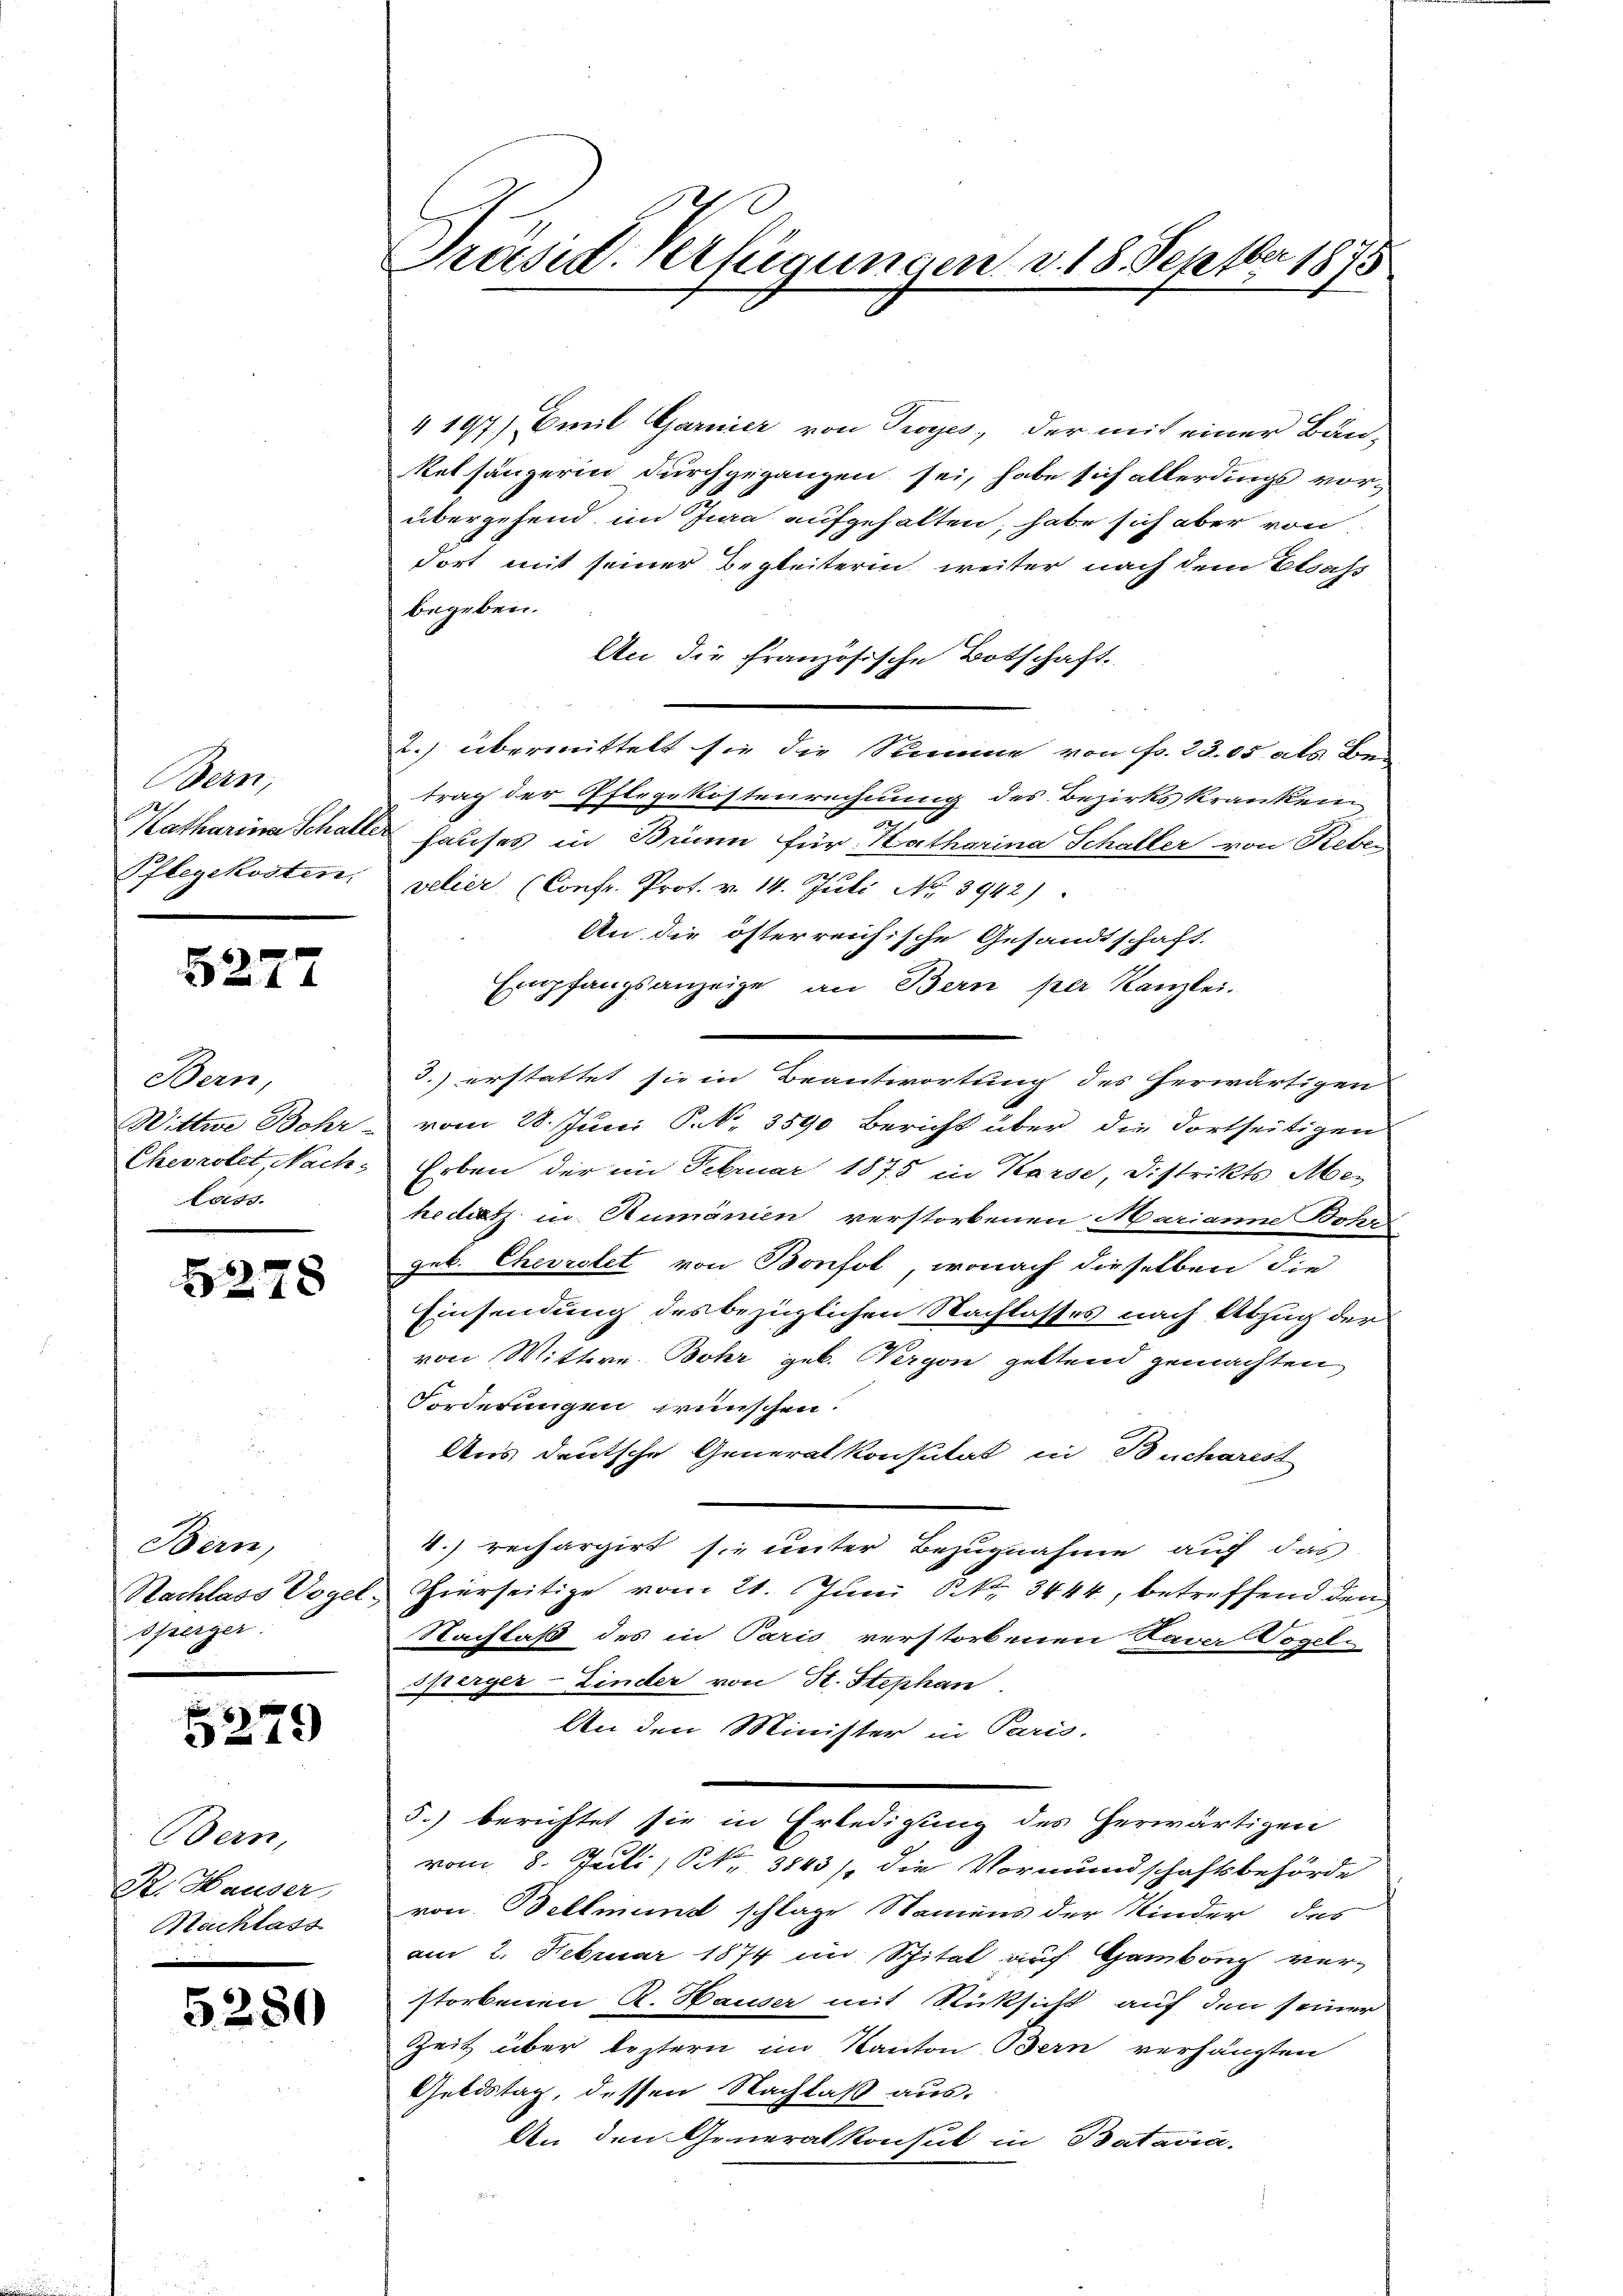
Bern,
Katharina Schalter

5277

Bern,
Loss.

5278

Bern,
sperger.

5279

Bern,
R. Hauser,
Nachlass

5280

4197) Emil Garnier von Troÿes, der mit einer Bän¬
Relsängerin durchgegangen sei, habe sich allerdings vor-
übergehend im Jura aufgehalten, habe sich aber von
dort mit seiner Begleiterin weiter nach dem Elsass
begeben.
An die Französische Botschaft.
2.) übermittelt sie die Stimme von Fr. 23.05 als Betrag der Pflegekostenrechnung des Bezirkskranken
hauses in Brunn für Katharina Schaller von Reben
Pflegekosten velier (Confr. Prot. v. 14. Juli No 3942)
An die österreichische Gesandtschaft.
Empfangsanzeige an Bern per Kanzlei.
3.) erstattet sie in Beantwortung des herwärtigen
Wittwe Bohr vom 28. Juni C. N. 3590 Bericht über die dortseitigen
Chevastet, Nach Erben der in Februar 1875 in Karse, Distrikts Mehediatz in Rumänien verstorbenen Marianne Bohrs
geb. Chevrolet von Bonfol, wonach dieselben die
Einsendung des bezüglichen Nachlasses nach Abzug der
von Wittwe Bohr geb. Wergon geltend gemachten
Forderungen wünschen.
Aus deutsche Generalkonsutat in Bucharest
1) rechargirt sie unter Bezugnahme auf das
Nachlass Vogel, Hierseitige vom 21. Juni Skr. 3444, betreffend den
Nachlaß des in Paris verstorbenen Laver Vogel-
sperger-Linder von St. Stephan
An den Minister in Paris.
5.) berichtet sie in Erledigung des herwärtigen
vom 8. Juli, S. 3843), die Vormundschaftsbehörde
von Bellmund schlage Namens der Kinder, das
am 2. Februar 1874 im Spital auf Hamburg ver-
storbenen R. Hauser mit Rücksicht auf den seiner
Zeit über leztern im Kanton Bern verhängten
Geldstag, dessen Nachlaß aus.
An den Generalkonsul in Batavia.

Präsid. Verfügungen d. 18. Septber 1875